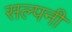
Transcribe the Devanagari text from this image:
सल्पनी